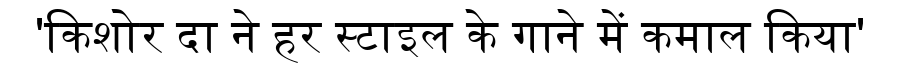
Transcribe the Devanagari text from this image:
'किशोर दा ने हर स्टाइल के गाने में कमाल किया'